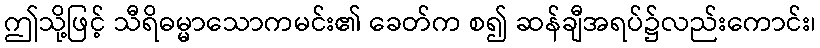
ဤသို့ဖြင့် သီရိဓမ္မာသောကမင်း၏ ခေတ်က စ၍ ဆန်ချီအရပ်၌လည်းကောင်း၊